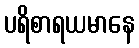
ပရိစာရယမာနေ